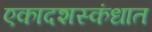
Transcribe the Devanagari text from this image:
एकादशस्‍कंधात